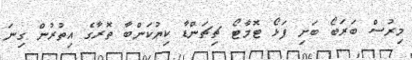
މިރުސް ބަރަބޯ ބަށި ފަޅޯ ޓޮމާޓޯ ޗިޗަންޑާ ކިޔުކަންބާ ތޮރާގެ އިތުރުން ގިނަ